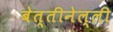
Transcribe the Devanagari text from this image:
बेत्तीनेल्ली